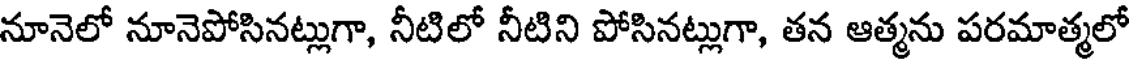
నూనెలో నూనెపోసినట్లుగా, నీటిలో నీటిని పోసినట్లుగా, తన ఆత్మను పరమాత్మలో